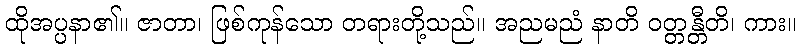
ထိုအပ္ပနာ၏။ ဇာတာ၊ ဖြစ်ကုန်သော တရားတို့သည်။ အညမညံ နာတိ ဝတ္တန္တီတိ၊ ကား။